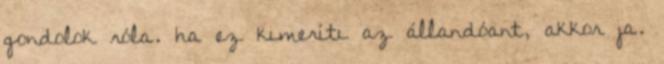
gondolok róla. ha ez kimeríti az állandóant, akkor ja.